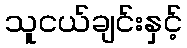
သူငယ်ချင်းနှင့်